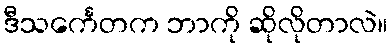
ဒီသင်္ကေတက ဘာကို ဆိုလိုတာလဲ။